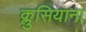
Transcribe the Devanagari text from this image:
क्लुसियाना